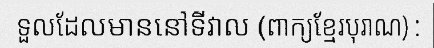
ទួលដែលមាននៅទីវាល (ពាក្យខ្មែរបុរាណ) :